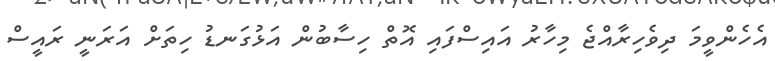
އެހެންވީމަ ދިވެހިރާއްޖެ މިހާރު އައިސްފައި އޮތް ހިސާބުން އަޅުގަނޑު ހިތަށް އަރަނީ ރައީސް